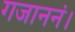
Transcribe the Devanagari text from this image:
गजाननं।